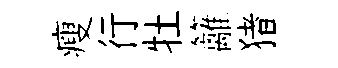
瘦行牡籬猪